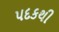
પદકથી